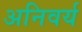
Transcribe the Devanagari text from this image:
अनिवर्य